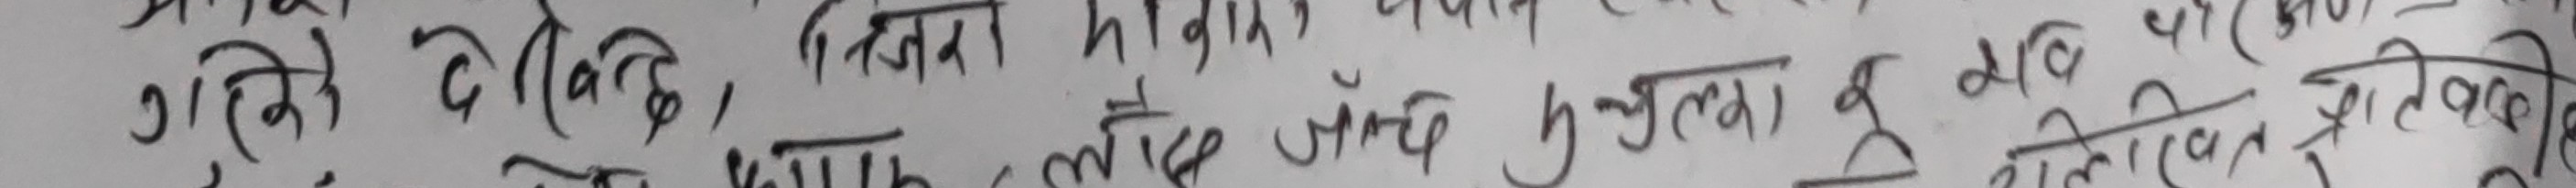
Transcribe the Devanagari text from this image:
गुप्ति रगतका, जीवन ह्रासका.  साँचो जुम्ला दवि रगतकी।